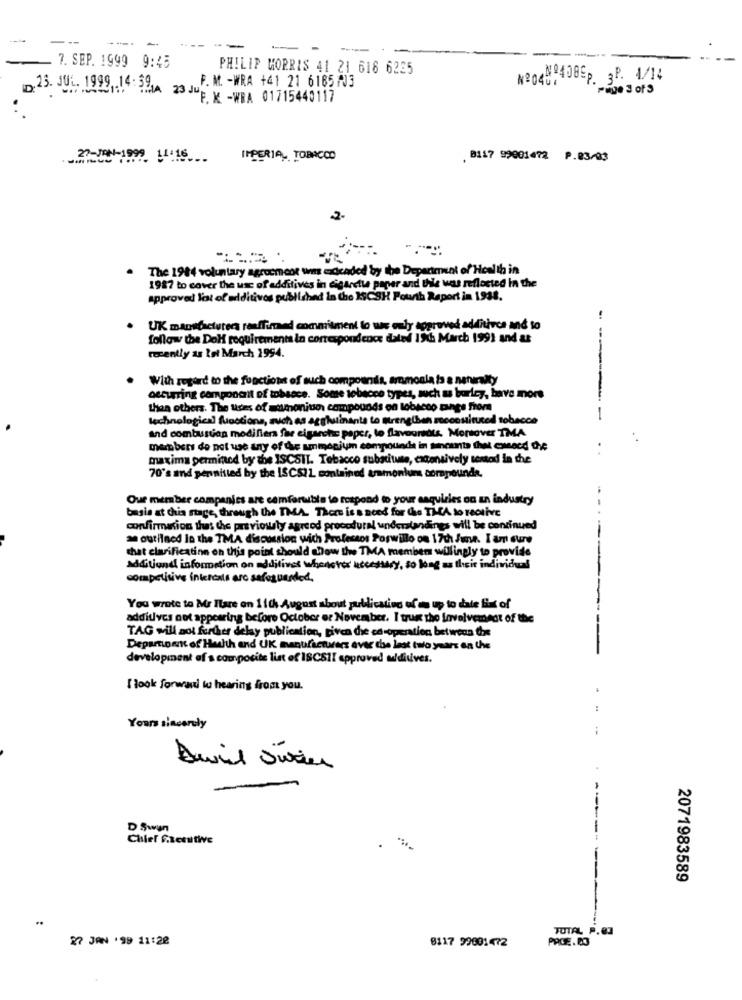
---
--- -
--
7. SEP. 1999 9:45
PHILIP MORRIS 41 21 616 6225
Nº048.4080p. 3P. 1/14
F. M. - WRA +41 21 6185 703
23. JUL. 1999, 14: 394 23 JUP Y -WRA 01715440117
27-JAN-1999 11:16
IMPERIAL TOBACCO
. 8117 99001472 P.03/03
2-
The 1984 voluntary agreement um edcaded by the Department of Health in
1987 to cover the use of additives in cigarette paper and the wes reflected In the
approved lot of additives published in the ISCSH Pourth Report in 1938.
UK manufacturers reaffirmed commitment lo was only approved additivce and to
follow the DoH requirements in correspondence dated 19th March 1991 and at
recently as lot March 1994.
----
With regard to the functions of such compounds, armonia to a naturalty
occurring component of tobacce. Some tobacco types, such as burley, have more
than others. The ures of =imoniun compounds on tobacco tangs from
technological functions, such as agglutinants to preng(ben roconstituted tobacco
and combustion modifier for cigarche paper, to flavouredts. Moreover TMA
members do not use any of the ammonium compounds in tinounte thet eweecd De
maxima garmincd by she ISCSIT. Tobacco substitute, extensively testod in the
70's and permitted by the ISCSIL contained aramonlums compounds.
Our member companies are comfortable to respond to your aaquiries on an industry
basis at this stage, through the TMA. There is a need for Che TMA to rective
confirmation that the previously agreed procedural understandings will be continued
an outined In the TMA discussion with Professos Poswillo on 17th June. I am sure
that clarification on this point should know the TMA members willingly to provide
additiond information on additives whodetox necessary, so long as their individual
competitive iniercats are safeguarded,
You wrote to Mr Fare on 1 1th August about publication of as up to date fixt of
additives not appearing before October er November. I true the Involvement of the
TAG will aol further delay publication, given chie co-operation between the
Department of Health and UK manufacturers over the last two years on the
development of s composite list of ISCSII approved uldivives.
I look forward to hearing from you.
.
Yours sincerely
D Swin
Chief Frecutive
2071983589
TUTAL P.03
27 JAN 199 11:22
0117 99001472
PROE.DO